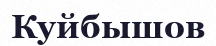
Куйбышов